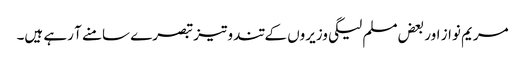
مریم نواز اور بعض مسلم لیگی وزیروں کے تند و تیز تبصرے سامنے آ رہے ہیں۔